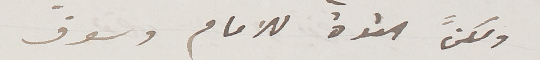
ولكنً
 القوة للامام وسوف